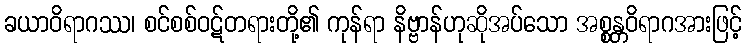
ခယာဝိရာဂဿ၊ စင်စစ်ဝဋ်တရားတို့၏ ကုန်ရာ နိဗ္ဗာန်ဟုဆိုအပ်သော အစ္စန္တဝိရာဂအားဖြင့်